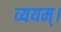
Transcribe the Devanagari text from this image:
व्ययम्।